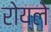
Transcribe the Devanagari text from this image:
रोय्ले